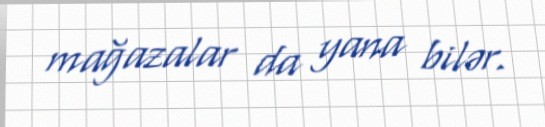
mağazalar da yana bilər.